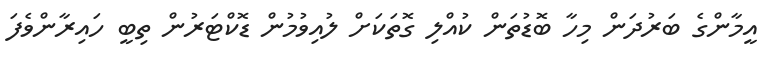
އީމާންގެ ބަރުދަން މިހާ ބޮޑުތަން ކުއްލި ގޮތަކަށް ލުއިވުމުން ޑޮކްޓަރުން ތިބީ ހައިރާންވެފަ